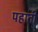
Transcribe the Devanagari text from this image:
पहाती